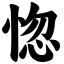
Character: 惚